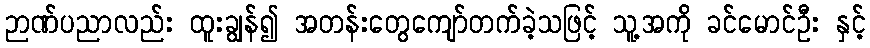
ဉာဏ်ပညာလည်း ထူးချွန်၍ အတန်းတွေကျော်တက်ခဲ့သဖြင့် သူ့အကို ခင်မောင်ဦး နှင့်